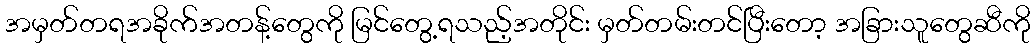
အမှတ်တရအခိုက်အတန့်တွေကို မြင်တွေ့ရသည့်အတိုင်း မှတ်တမ်းတင်ပြီးတော့ အခြားသူတွေဆီကို